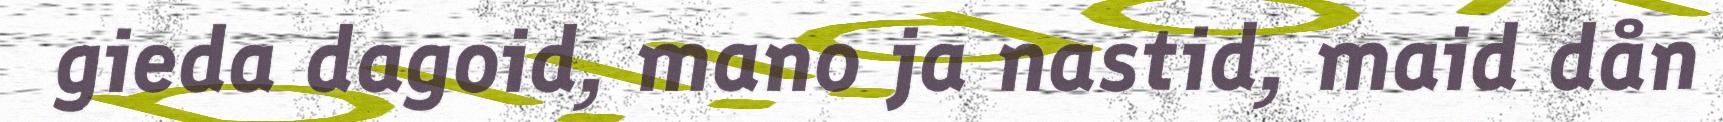
gieda dagoid, mano ja nastid, maid dån